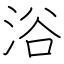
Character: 浴